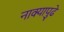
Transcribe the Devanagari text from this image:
नाक्‍यापुढे